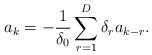
LaTeX: \begin{align*} a_k = -\frac{1}{\delta_0} \sum_{r=1}^D\delta_r a_{k-r}.\end{align*}